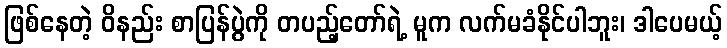
ဖြစ်နေတဲ့ ဝိနည်း စာပြန်ပွဲကို တပည့်တော်ရဲ့ မူက လက်မခံနိုင်ပါဘူး၊ ဒါပေမယ့်